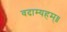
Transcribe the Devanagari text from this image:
वदाम्यहम्॥